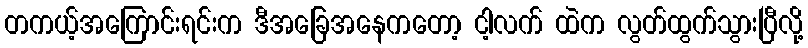
တကယ့်အကြောင်းရင်းက ဒီအခြေအနေကတော့ ငါ့လက် ထဲက လွတ်ထွက်သွားပြီလို့